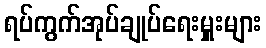
ရပ်ကွက်အုပ်ချုပ်ရေးမှူးများ